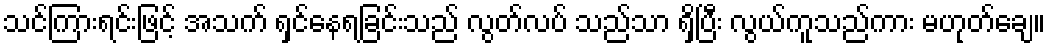
သင်ကြားရင်းဖြင့် အသက် ရှင်နေရခြင်းသည် လွတ်လပ် သည်သာ ရှိပြီး လွယ်ကူသည်ကား မဟုတ်ချေ။